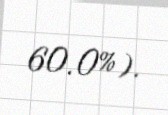
60.0%).